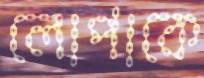
লোপাকে